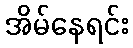
အိမ်နေရင်း